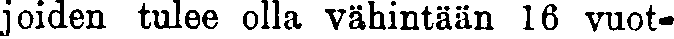
joiden tulee olla vähintään 16 vuot-